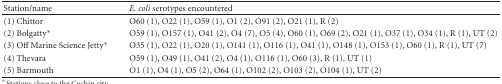
<table><thead><tr><td><b>Station/name</b></td><td><b><i>E. coli</i> serotypes encountered</b></td></tr></thead><tbody><tr><td>(1) Chittor</td><td>O60 (1), O22 (1), O59 (1), O1 (2), O91 (2), O21 (1), R (2)</td></tr><tr><td>(2) Bolgatty*</td><td>O59 (1), O157 (1), O41 (2), O4 (7), O5 (4), O60 (1), O69 (2), O21 (1), O37 (1), O34 (1), R (1), UT (2)</td></tr><tr><td>(3) Off Marine Science Jetty*</td><td>O35 (1), O22 (1), O20 (1), O141 (1), O116 (1), O41 (1), O148 (1), O153 (1), O60 (1), R (1), UT (7)</td></tr><tr><td>(4) Thevara</td><td>O59 (1), O49 (1), O41 (2), O4 (1), O116 (1), O60 (3), R (1), UT (1)</td></tr><tr><td>(5) Barmouth</td><td>O1 (1), O4 (1), O5 (2), O64 (1), O102 (2), O103 (2), O104 (1), UT (2)</td></tr></tbody></table>